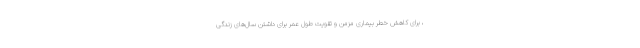
، برای کاهش خطر بیماری مزمن و تقویت طول عمر برای داشتن سال­های زندگی